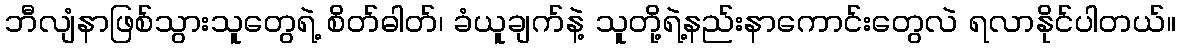
ဘီလျံနာဖြစ်သွားသူတွေရဲ့ စိတ်ဓါတ်၊ ခံယူချက်နဲ့ သူတို့ရဲ့နည်းနာကောင်းတွေလဲ ရလာနိုင်ပါတယ်။